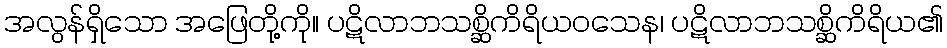
အလွန်ရှိသော အဖြေတို့ကို။ ပဋိလာဘသစ္ဆိကိရိယဝသေန၊ ပဋိလာဘသစ္ဆိကိရိယ၏